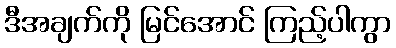
ဒီအချက်ကို မြင်အောင် ကြည့်ပါကွာ